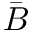
\bar { B }